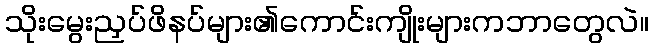
သိုးမွေးညှပ်ဖိနပ်များ၏ကောင်းကျိုးများကဘာတွေလဲ။